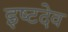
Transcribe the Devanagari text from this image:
इष्‍टदेव